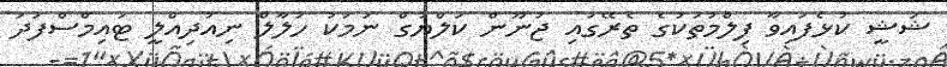
ޝަޝީ ކުޅެފައިވާ ފިލްމުތަކުގެ ތެރޭގައި ޖުނޫން ކަލްޔުގް ނަމަކު ހަލާލް ނިއުދިއްލީ ޓައިމްސްފަދަ